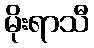
မိုးရာသီ